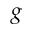
g